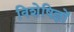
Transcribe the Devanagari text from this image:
विशेषिज्ञों